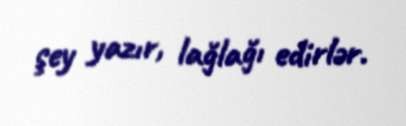
şey yazır, lağlağı edirlər.